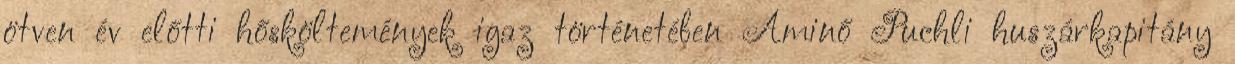
ötven év előtti hősköltemények igaz történetében Aminő Puchli huszárkapitány